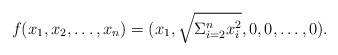
\begin{align*}f(x_1,x_2, \ldots, x_n) = (x_1, \sqrt{\Sigma_{i=2}^{n} {x_i^2}}, 0, 0, \ldots, 0).\end{align*}